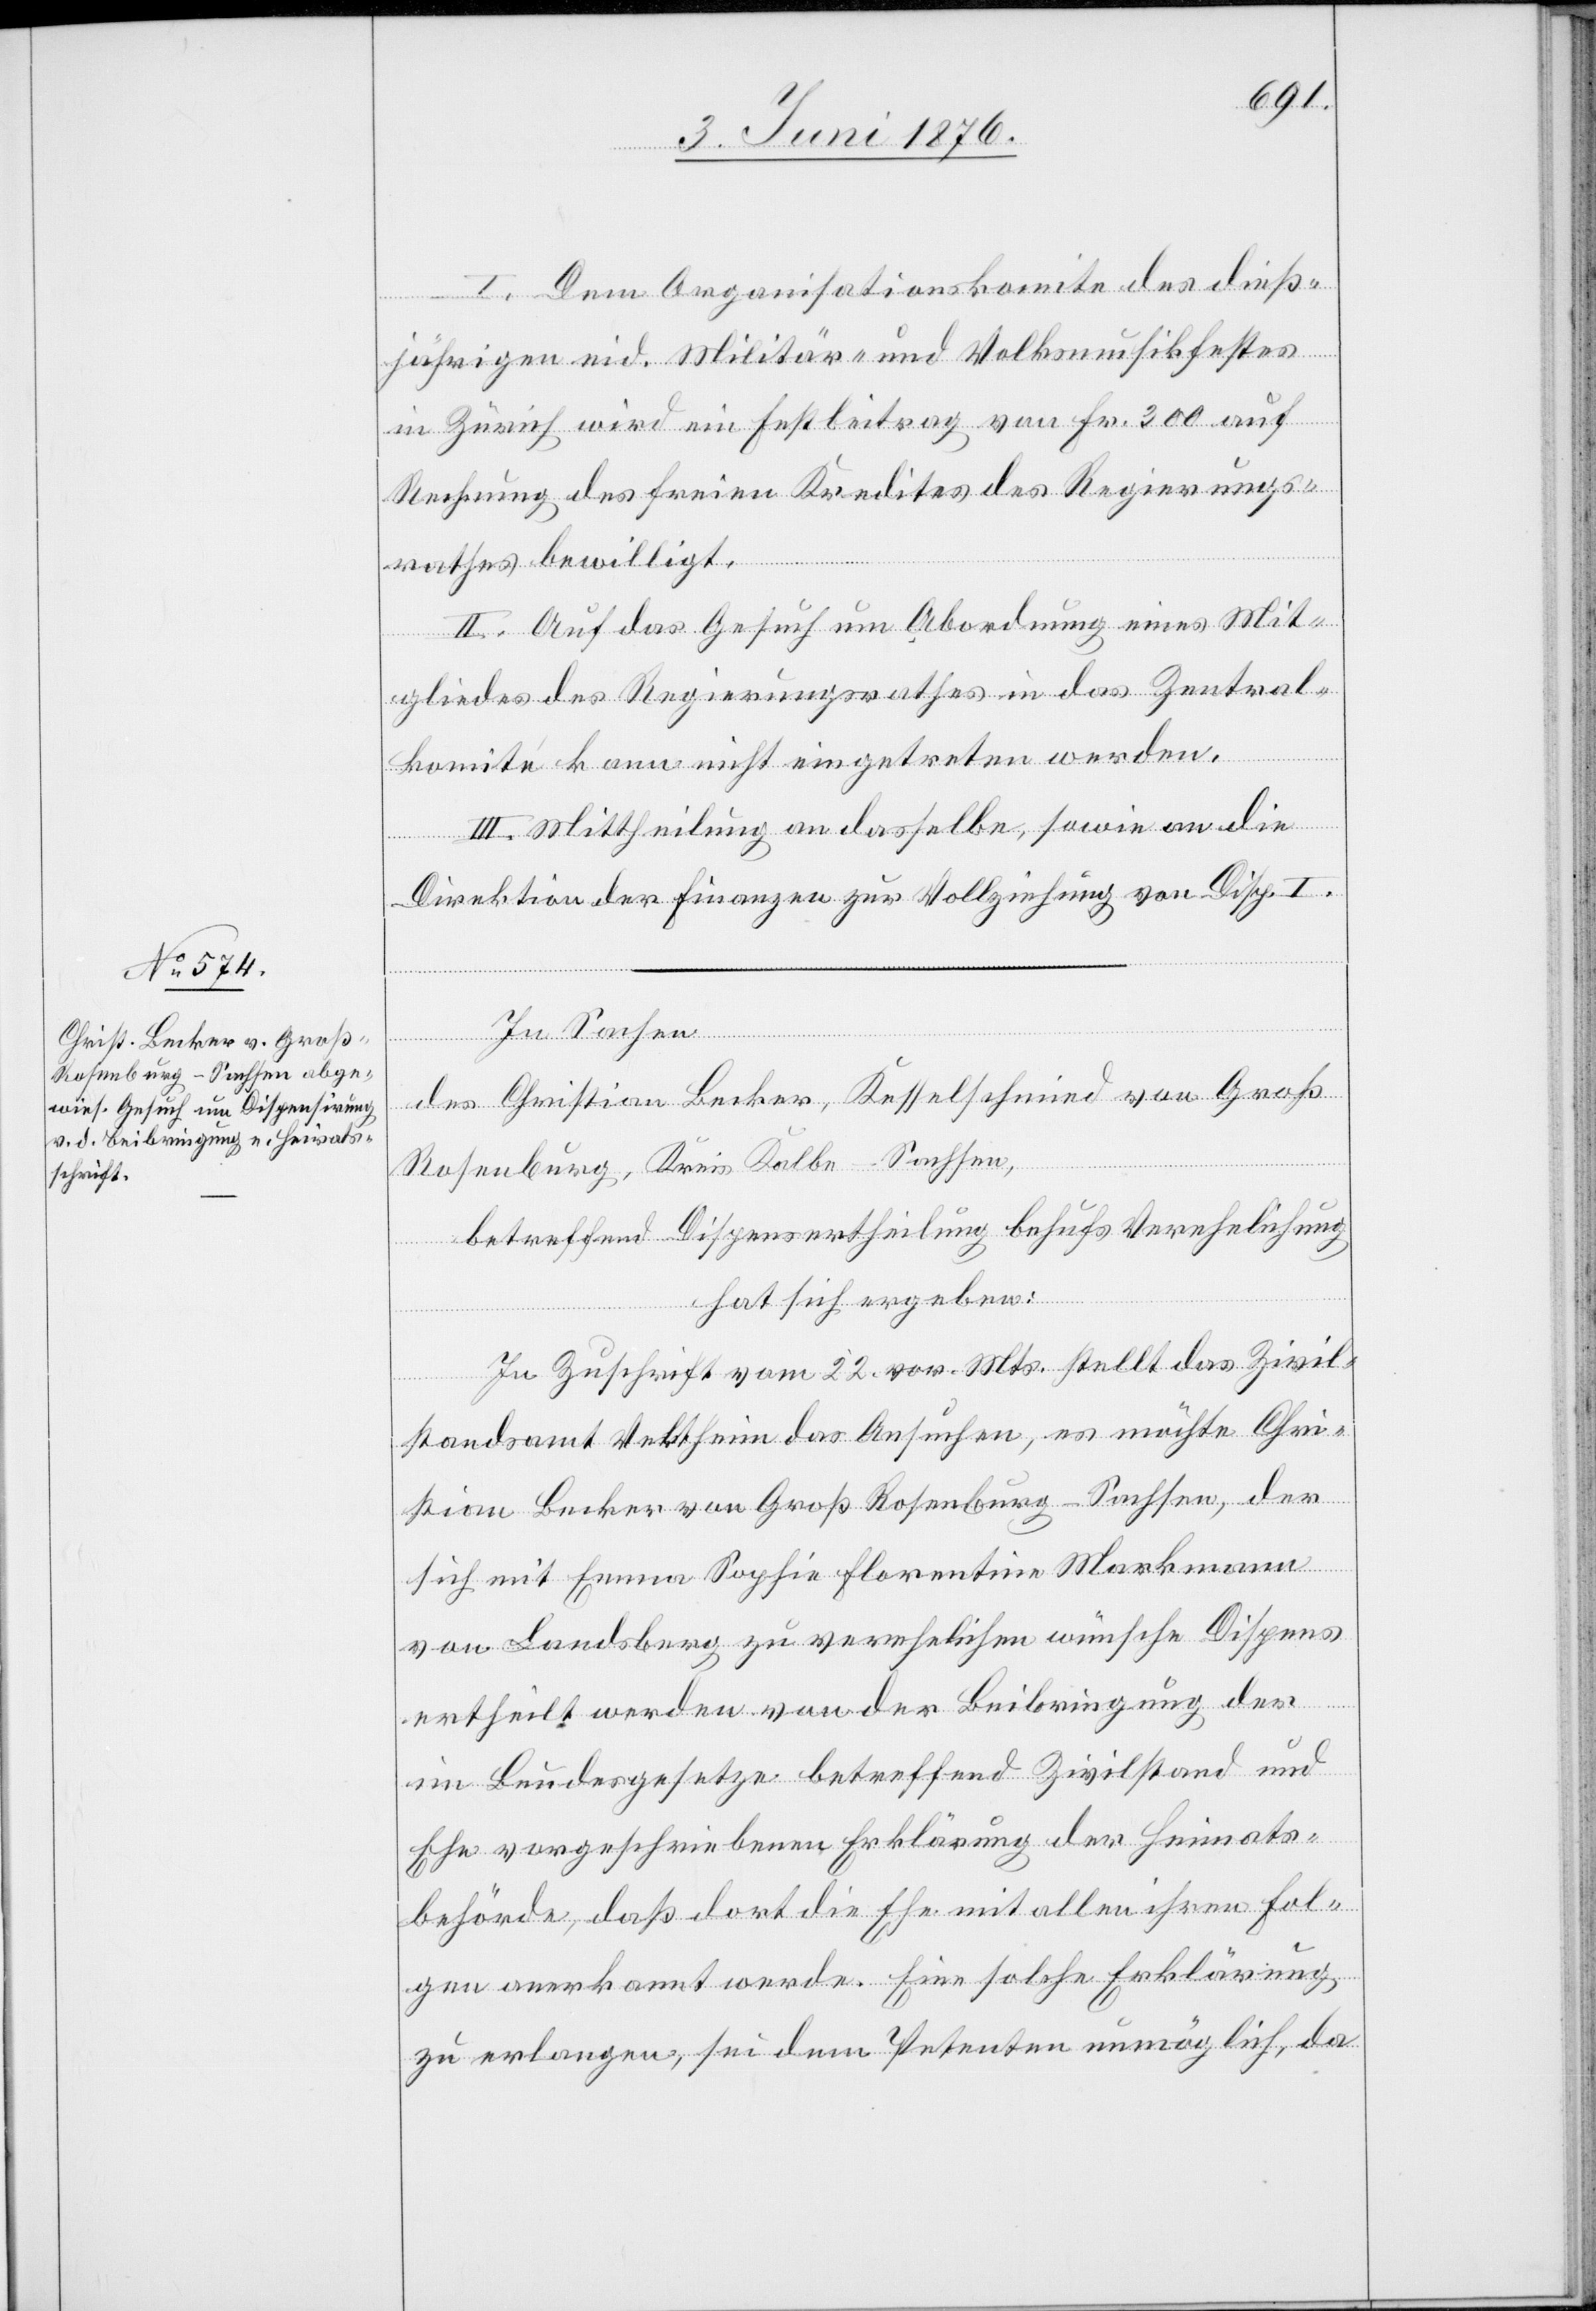
I. Dem Organisationskomite des dieß¬
jährigen eid. Militär- und Volksmusikfestes
in Zürich wird ein Festbeitrag von Fr. 300 auf
Rechnung des freien Kredites des Regierungs¬
Sachen
rathes bewilligt.
II. Auf das Gesuch um Abordnung eines Mit¬
gliedes des Regierungsrathes in das Zentral¬
komité kann nicht eingetreten werden.
III. Mittheilung an dasselbe, sowie an die
Direktion der Finanzen zur Vollziehung von Disp. I.
des Christian Becker, Kesselschmied von Groß
Rosenburg, Kreis Kalbe - Sachsen,
betreffend Dispensertheilung behufs Verehelichung
hat sich ergeben:
In Zuschrift vom 22. vor Mts. stellt das Zivil¬
In
standsamt Veltheim das Ansuchen, es möchte Chri¬
stian Becker von Gros Rosenburg - Sachsen, der
sich mit Emma Sophie Florentine Marmann
von Landsberg zu verehelichen wünsche Dispens
ertheilt werden von der Beibringung der
im Bundesgesetze betreffend Zivilstand und
Ehe vorgeschriebenen Erklärung der Heimats¬
behörde, das dort die Ehe mit allen ihren Fol¬
gen anerkannt werde. Eine solche Erklärung
zu erlangen, sei dem Petenten unmöglich, da